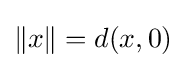
\lVert x\rVert =d(x,0)